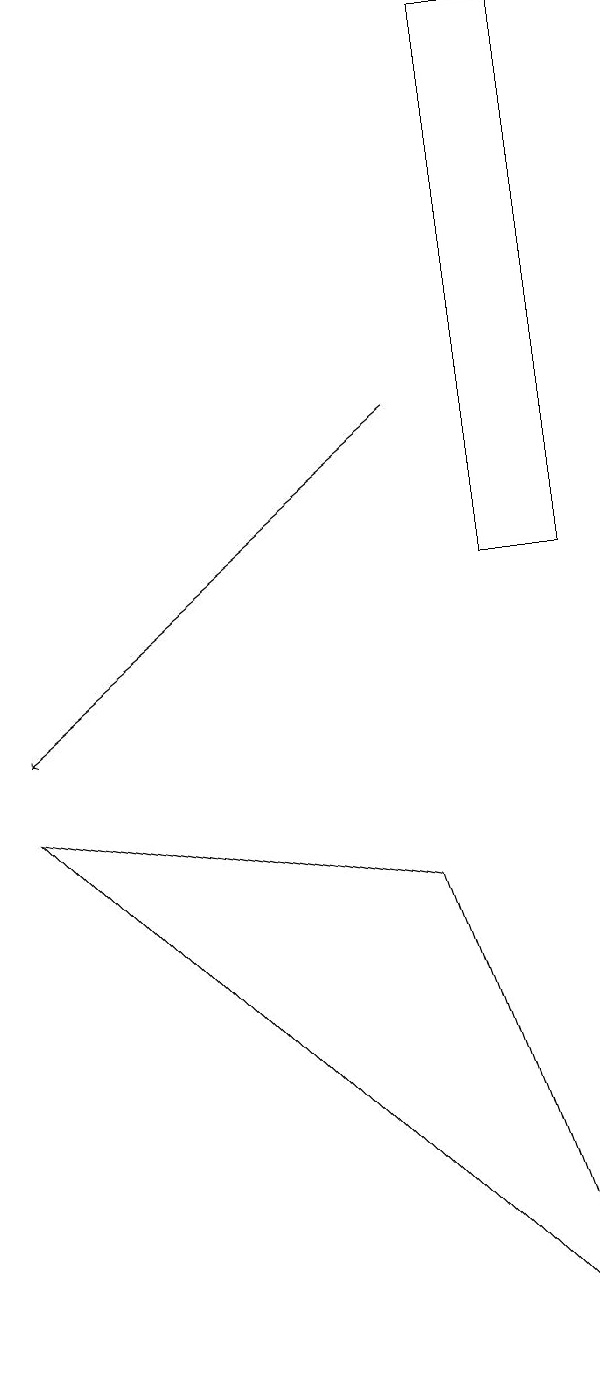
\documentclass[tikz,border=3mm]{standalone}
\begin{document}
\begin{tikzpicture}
\draw[->] (5,14) -- (0,10);
\draw (0,9) -- (5,8) -- (7,2) -- cycle;
\draw (7,12) rectangle (6,19);
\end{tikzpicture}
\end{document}